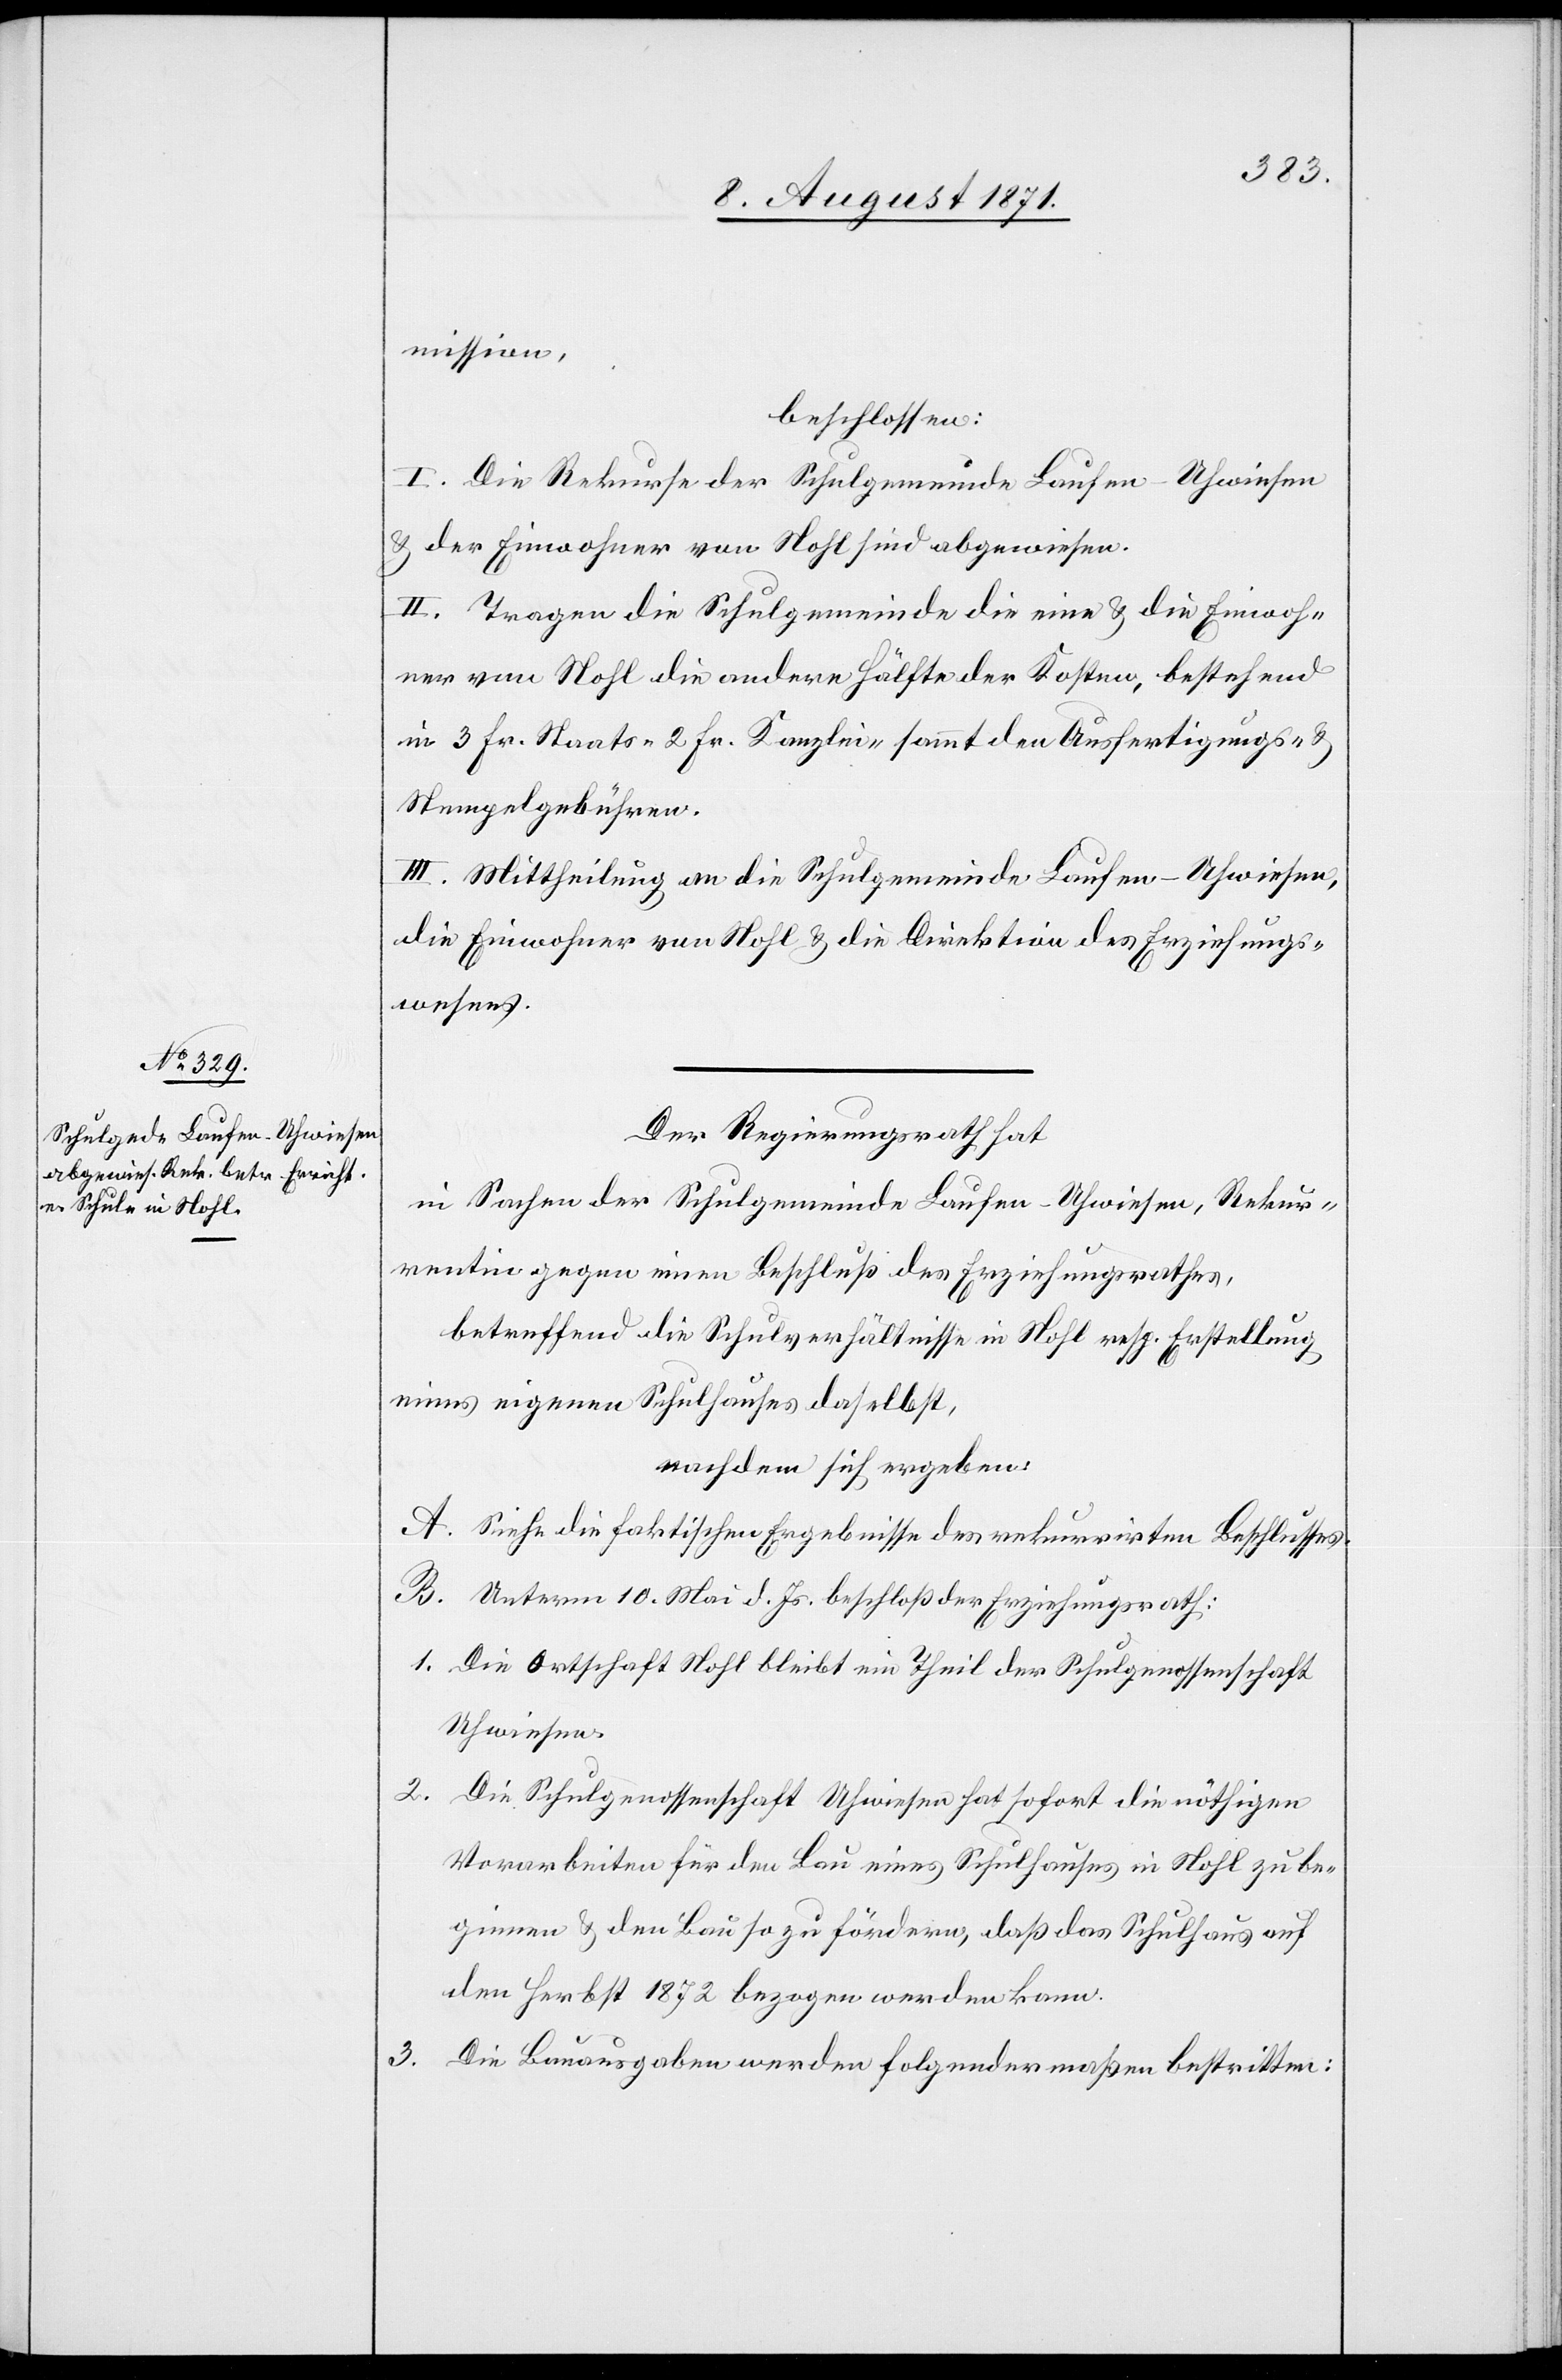
mission,
beschlossen:
I. Die Rekurse der Schulgemeinde Laufen-Uhwiesen
u. der Einwohner von Nohl sind abgewiesen.
II. Tragen die Schulgemeinde die eine u. die Einwoh¬
ner von Nohl die andere Hälfte der Kosten, bestehend
in 3 Fr. Staats-[,] 2 Fr. Kanzlei- sammt den Ausfertigungs- u.
Stempelgebühren.
III. Mittheilung an die Schulgemeinde Laufen-Uhwiesen,
die Einwohner von Nohl u. die Direktion des Erziehungs¬
wesens.
Der Regierungsrath hat
in Sachen der Schulgemeinde Laufen-Uhwiesen, Rekur¬
rentin gegen einen Beschluß des Erziehungsrathes,
betreffend die Schulverhältnisse in Nohl resp. Erstellung
eines eigenen Schulhauses daselbst,
nachdem sich ergeben:
A. Siehe die faktischen Ergebnisse des rekurrirten Beschlusses.
B. Unterm 10. Mai d. Js. beschloß der Erziehungsrath:
1. Die Ortschaft Nohl bleibt ein Theil der Schulgenossenschaft
Uhwiesen.
2. Die Schulgenossenschaft Uhwiesen hat sofort die nöthigen
Vorarbeiten für den Bau eines Schulhauses in Nohl zu be¬
ginnen & den Bau so zu fördern, daß das Schulhaus auf
den Herbst 1872 bezogen werden kann.
3. Die Bauausgaben werden folgendermaßen bestritten: